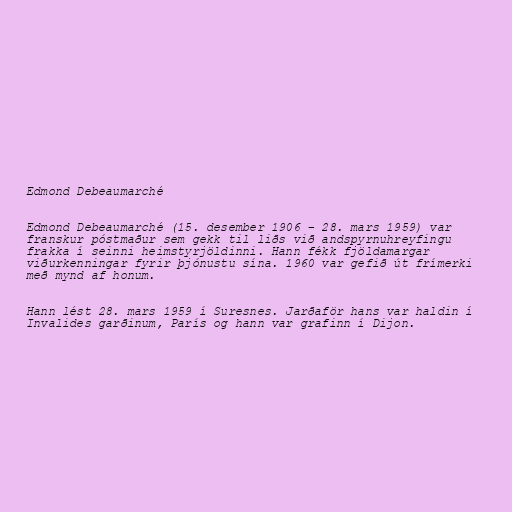
Edmond Debeaumarché

Edmond Debeaumarché (15. desember 1906 – 28. mars 1959) var
franskur póstmaður sem gekk til liðs við andspyrnuhreyfingu
frakka í seinni heimstyrjöldinni. Hann fékk fjöldamargar
viðurkenningar fyrir þjónustu sína. 1960 var gefið út frímerki
með mynd af honum.

Hann lést 28. mars 1959 í Suresnes. Jarðaför hans var haldin í
Invalides garðinum, París og hann var grafinn í Dijon.